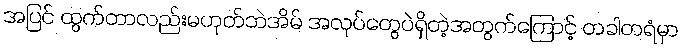
အပြင် ထွက်တာလည်းမဟုတ်ဘဲအိမ် အလုပ်တွေပဲရှိတဲ့အတွက်ကြောင့် တခါတရံမှာ